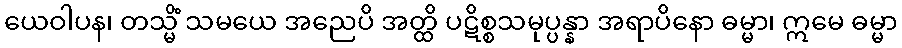
ယေဝါပန၊ တသ္မိံ သမယေ အညေပိ အတ္ထိ ပဋိစ္စသမုပ္ပန္နာ အရာပိနော ဓမ္မာ၊ ဣမေ ဓမ္မာ